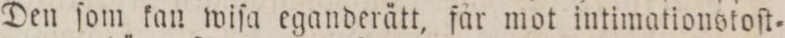
Den ſom kan wiſa eganderätt, får mot intimationstoſt=